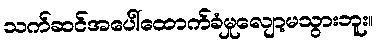
သက်ဆင်အပေါ်ထောက်ခံမှုလျော့မသွားဘူး။